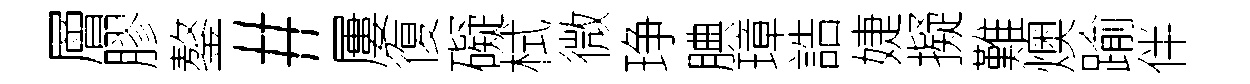
層膠鏊#屢復礙栻微琤腆璋誥婕擬難燠踰伴